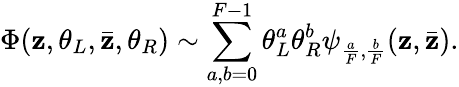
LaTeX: \Phi(\mathbf{z},\theta_{L},\bar{{\mathbf{z}}},\theta_{R})\sim\sum_{a,b=0}^{F-1}\theta_{L}^{a}\theta_{R}^{b}\psi_{{\frac{{a}}{{F}}},{\frac{{b}}{{F}}}}(\mathbf{z},{\bar{{\mathbf{z}}}}).